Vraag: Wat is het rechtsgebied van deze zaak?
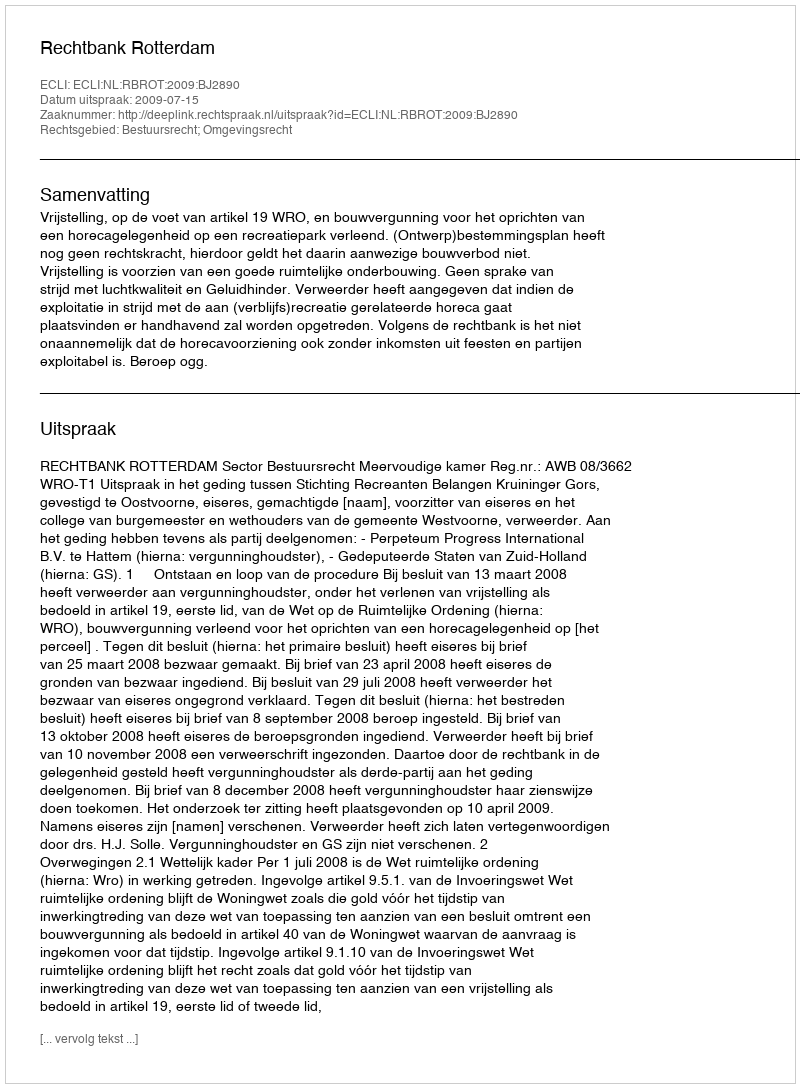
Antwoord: Bestuursrecht; Omgevingsrecht